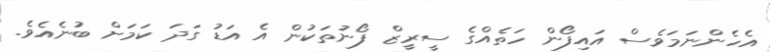
އެހެންނަމަވެސް އައިފޯން ހަތެއްގެ ސީރީޒް ފޯނުތަކުން އެ އަޑު ގަދަ ކަމަށް ބުނެއެވެ.